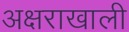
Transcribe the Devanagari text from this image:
अक्षराखाली